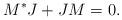
LaTeX: \begin{align*}M^*J+JM=0.\end{align*}